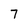
Character: 7